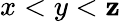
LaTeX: x<y<\mathbf{z}